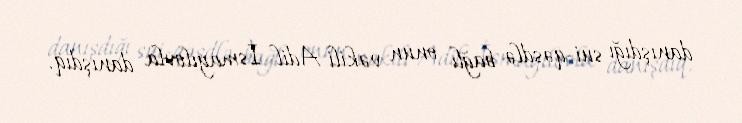
danışdığı sui-qəsdlə bağlı onun vəkili Adil İsmayılovla danışdıq.